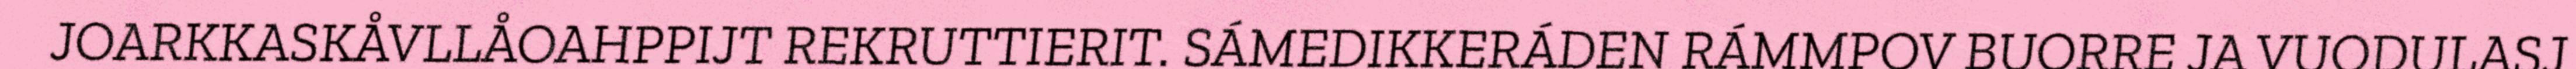
JOARKKASKÅVLLÅOAHPPIJT REKRUTTIERIT. SÁMEDIKKERÁDEN RÁMMPOV BUORRE JA VUODULASJ